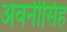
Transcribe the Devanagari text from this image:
अवनीसिंह